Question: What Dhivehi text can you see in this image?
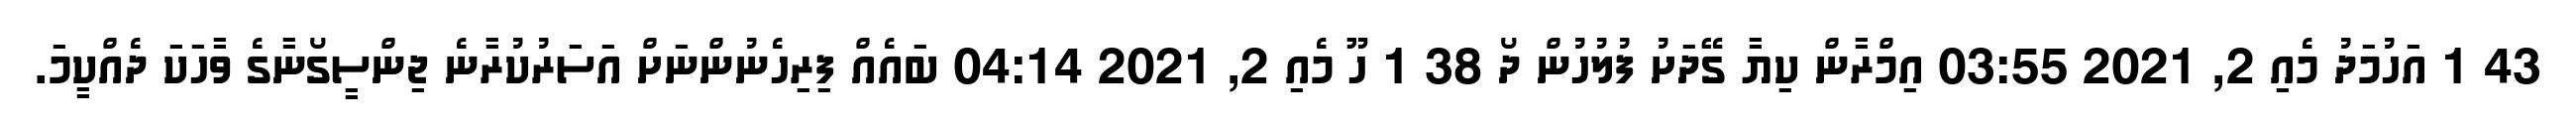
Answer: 43 1 އަހުމަދު މެއި 2, 2021 03:55 އިމްރާން ކިޔާ ގޭދަށު ފުލުހުން ދޯ 38 1 ހޫ މެއި 2, 2021 04:14 ބައެއް ފިރިހެނުންނަށް އަސަރުކުރާނެ ޖިންސީގޯނާގެ ވާހަކަ ދެއްކީމަ.